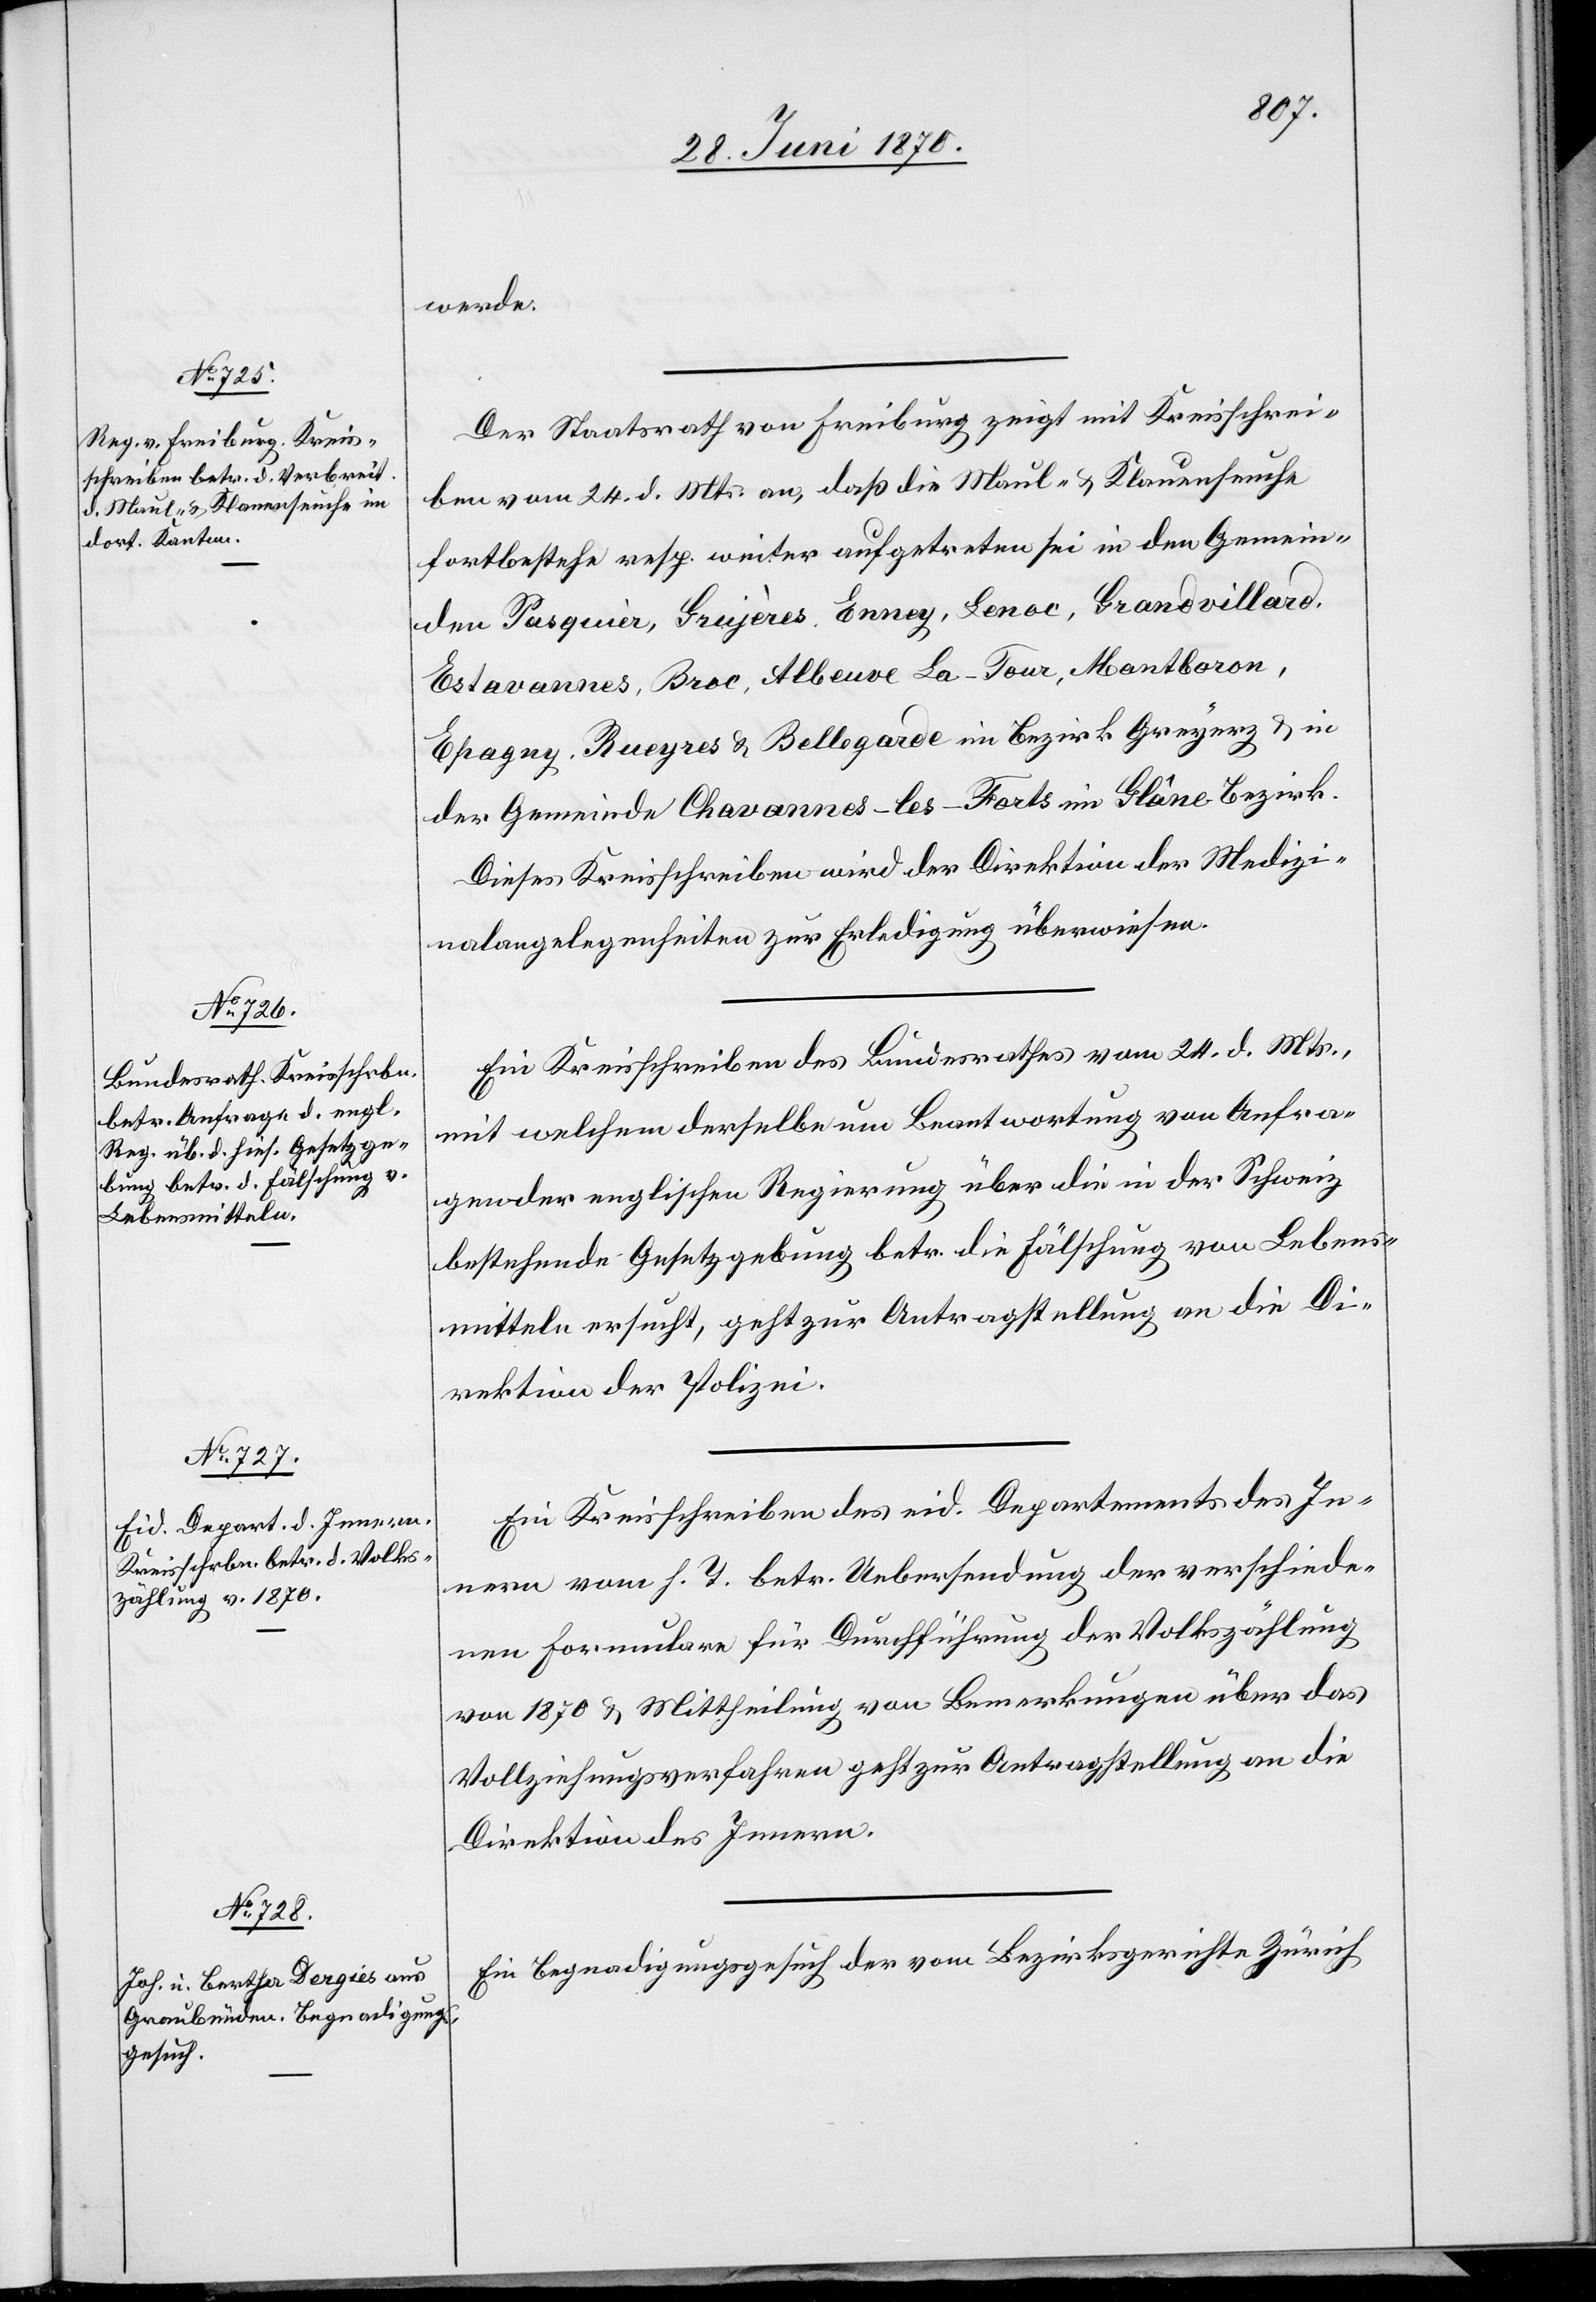
28. Juni 1870.]
werde.
Der Staatsrath von Freiburg zeigt mit Kreisschrei¬
ben vom 24. d. Mts. an, daß die Maul- & Klauenseuche
fortbestehe resp. weiter aufgetreten sei in den Gemein¬
den Pasquier, Grujères, Enney, Lenoc, Grandvillard,
Estavannes, Broc, Albeuve La-Tour, Montboron,
Epagny, Rueyes & Bellegarde im Bezirk Greyerz & in
der Gemeinde Chavannes-les-Forts im Glâne Bezirk.
Dieses Kreisschreiben wird der Direktion der Medizi¬
nalangelegenheiten zur Erledigung überwiesen.
Ein Kreisschreiben des Bundesrathes vom 24. d. Mts.,
mit welchem derselbe um Beantwortung von Anfra¬
gen der englischen Regierung über die in der Schweiz
bestehende Gesetzgebung betr. die Fälschung von Lebens¬
mitteln ersucht, geht zur Antragstellung an die Di¬
rektion der Polizei.
Ein Kreisschreiben des eid. Departements des In¬
nern vom h. T. betr. Uebersendung der verschiede¬
nen Formulare für Durchführung der Volkszählung
von 1870 & Mittheilung von Bemerkungen über das
Vollziehungsverfahren geht zur Antragstellung an die
Direktion des Innern.
Ein Begnadigungsgesuch der vom Bezirksgerichte Zürich